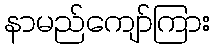
နာမည်ကျော်ကြား